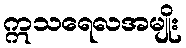
ဣသရေလအမျိုး